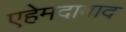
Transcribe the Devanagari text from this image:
एहेमदाबाद